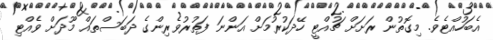
އެބަހުއްޓެވެ. މިގޮތުން ރަށަށް ޗުއްޓީ ހޭދަކުރުމަށް އަންނަ ފަތުރުވެރިންގެ ދަބަސްތައް މޫދަށް ވެއްޓި